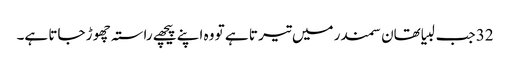
32 جب لبیا تھان سمندر میں تیر تا ہے تو وہ اپنے پیچھے راستہ چھو ڑ جاتا ہے۔